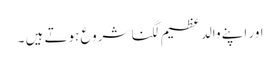
اور اپنے والد عظیم لگنا شروع ہوتے ہیں‌ ۔